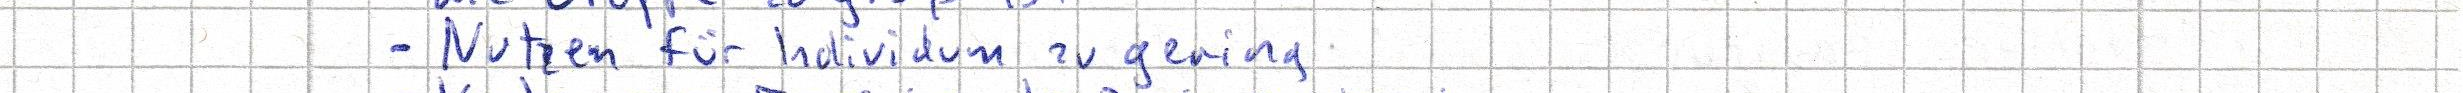
- Nutzen für Individum zu gering